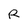
Character: R